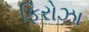
ફિરોઝા